Madras plague regulations in force outside the Presidency town - Volume 5
Disease focus: Plague
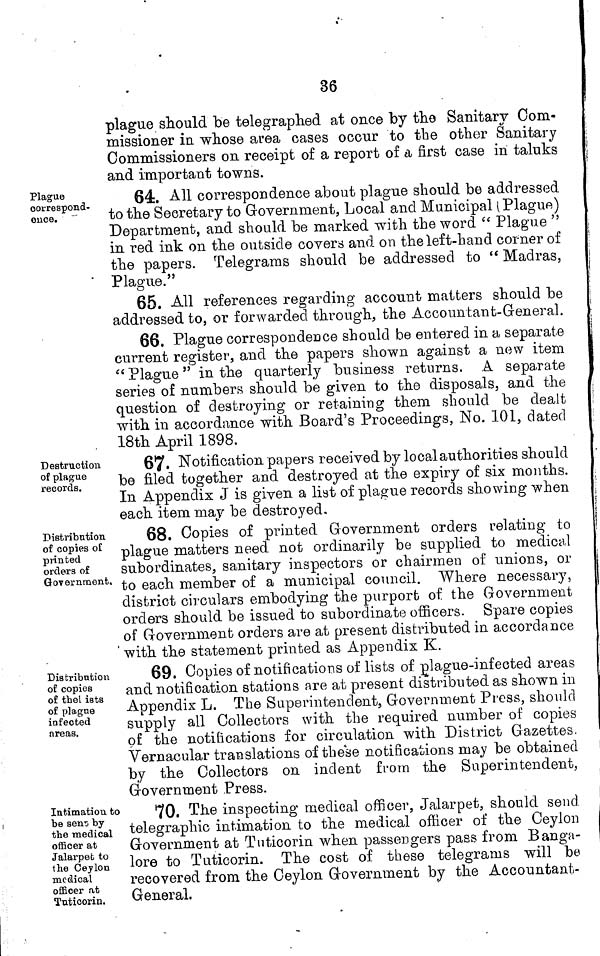
36
plague should be telegraphed at once by the Sanitary Com-
missioner iû whose area cases occur to the other Sanitary
Commissioners on receipt of a report of a first case in taluks
and important towns.
Plague
correspond-
ence.
64. All correspondence about plague should be addressed
to the Secretary to Government, Local and Municipal (Plague)
Department, and should be marked with the word " Plague "
in red ink on the outside covers and on the left-hand corner of
the papers. Telegrams should be addressed to " Madras,
Plague."
65. All references regarding account matters should be
addressed to, or forwarded through, the Accountant-Gen eral.
66. Plague correspondence should be entered in a separate
current register, and the papers shown against a new item
"Plague" in the quarterly business returns. A separate
series of number« should be given to the disposals, and the
question of destroying or retaining them should be dealt
with in accordance with Board's Proceedings, No. 101, dated
18th April 1898.
Destruction
of plague
records.
67» Notification papers received by local authorities should
be filed together and destroyed at the expiry of six months.
In Appendix J is given a list of plague records showing when
each item may be destroyed.
Distribution
of copies of
printed
orders of
Government.
68. Copies of printed Government orders relating to
plague matters need not ordinarily be supplied to medical
subordinates, sanitary inspectors or chairmen of unions, or
to each member of a municipal council. Where necessary,
district circulars embodying the purport of the Government
orders should be issued to subordinate officers. Spare copies
of Government orders are at present distributed in accordance
with the statement printed as Appendix K.
Distribution
of copies
of the!ists
of plague
infected
areas.
69. Copies of notifications of lists of plague-infected areas
and notification stations are at present distributed as shown in
Appendix L. The Superintendent, Government Press, should
supply all Collectors with the required number of copies
of the notifications for circulation with District Gazettes.
Vernacular translations of these notifications may be obtained
by the Collectors on indent from the Superintendent,
Government Press.
Intimation to
be sen:; by
the medical
officer at
Jalarpefc to
the Cejlon
medical
officer at
Tuticorin.
70. The inspecting medical officer, Jalarpet, should send
telegraphic intimation to the medical officer of the Ceylon
Government at Tuticorin when passengers pass from Banga-
lore to Tuticorin. The cost of these telegrams will be
recovered from the Ceylon Government by the Accountant-
General.